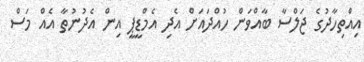
އިއްތިހާދުގެ ޖަލްސާ ބާއްވަން ހުއްދައަށް އެދި އެމްޑީޕީ އިން އެދުނުތާ އެއް މަސް